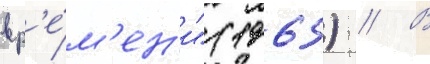
вр'е́м'ен'и" (1965) // В